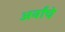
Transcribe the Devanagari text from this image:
अर्वांचे